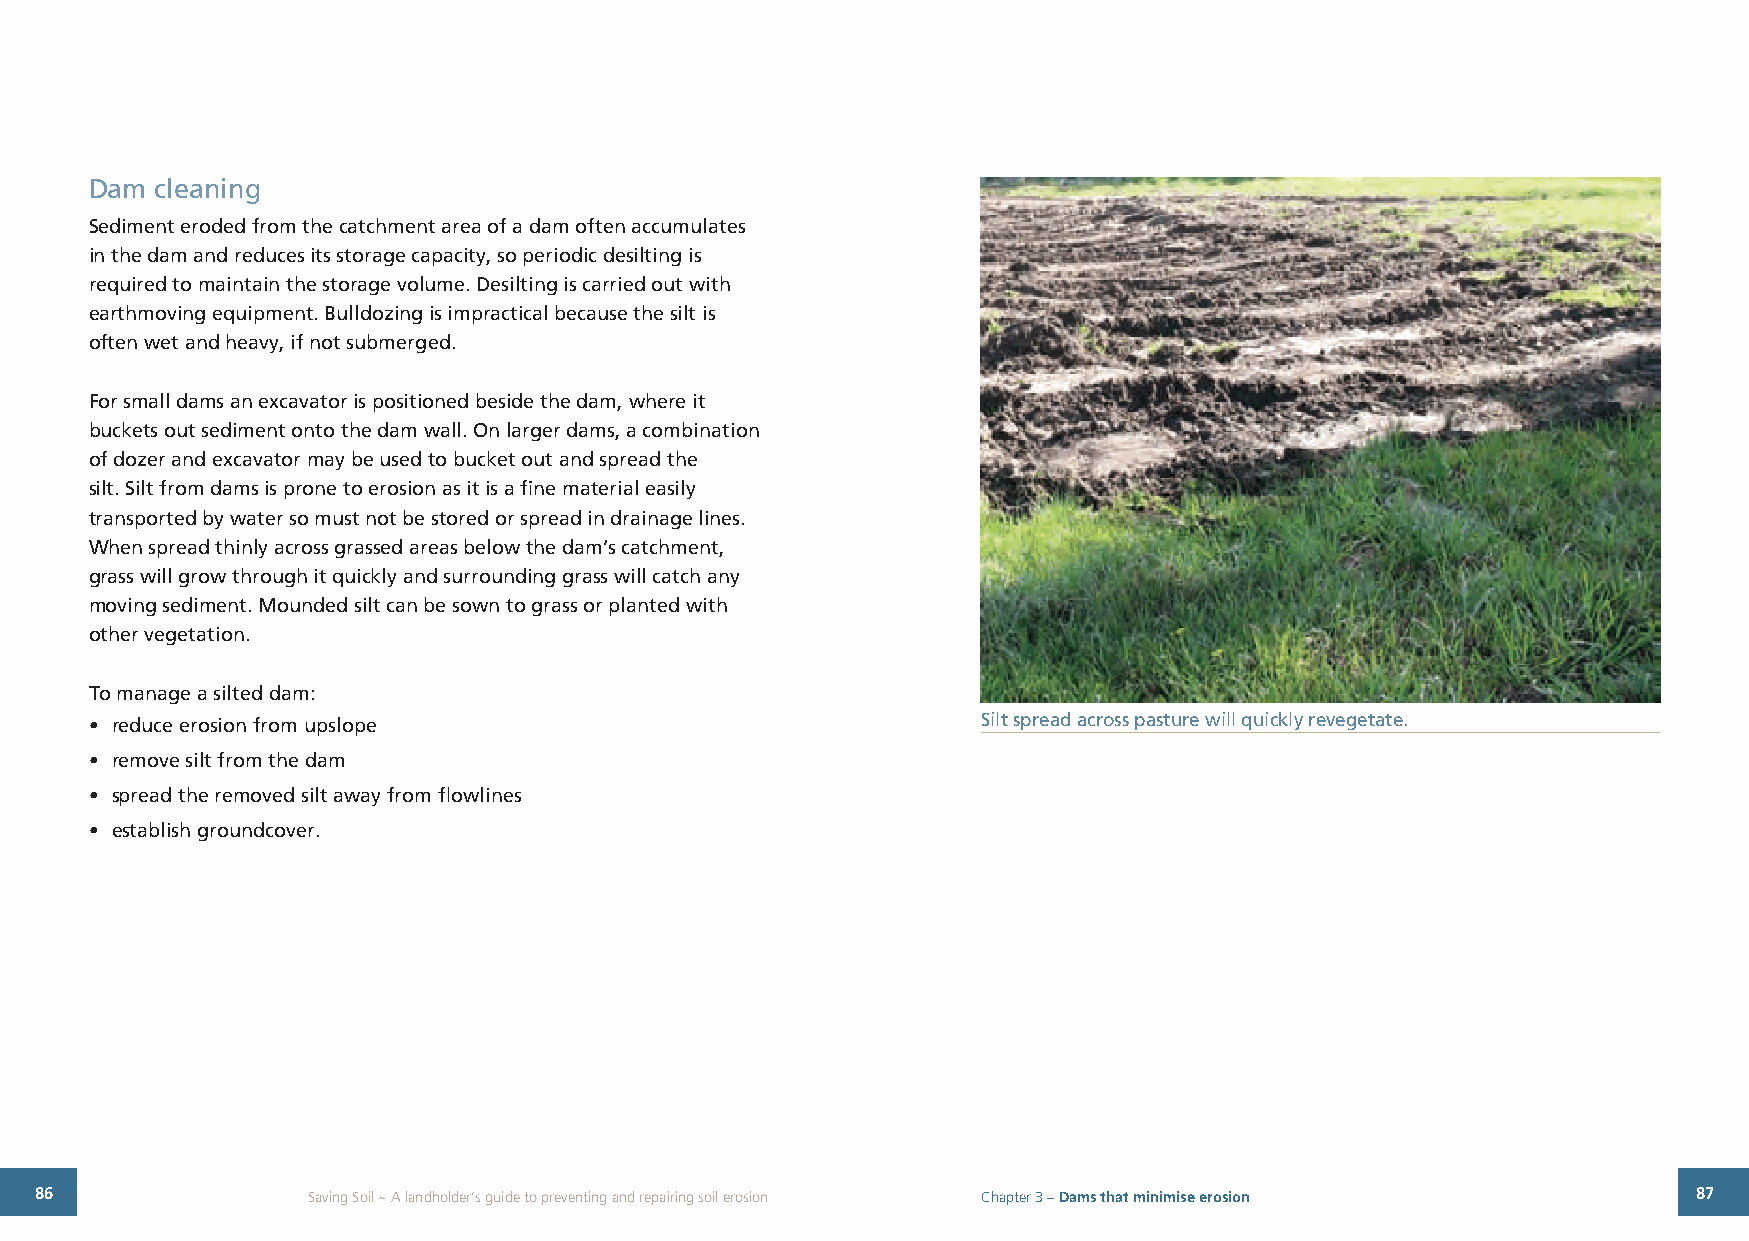
Dam cleaning
 Sediment eroded from the catchment area of a dam often accumulates
 in the dam and reduces its storage capacity, so periodic desilting is
 required to maintain the storage volume. Desilting is carried out with
 earthmoving equipment. Bulldozing is impractical because the silt is
 often wet and heavy, if not submerged.
 For small dams an excavator is positioned beside the dam, where it
 buckets out sediment onto the dam wall. On larger dams, a combination
 of dozer and excavator may be used to bucket out and spread the
 silt. Silt from dams is prone to erosion as it is a fine material easily
 transported by water so must not be stored or spread in drainage lines.
 When spread thinly across grassed areas below the dam’s catchment,
 grass will grow through it quickly and surrounding grass will catch any
 moving sediment. Mounded silt can be sown to grass or planted with
 other vegetation.
 To manage a silted dam:
 • reduce erosion from upslope                              Silt spread across pasture will quickly revegetate.
 • remove silt from the dam
 • spread the removed silt away from flowlines
 • establish groundcover.
 86                Saving Soil ~ A landholder’s guide to preventing and repairing soil erosion Chapter 3 – Dams that minimise erosion 87